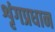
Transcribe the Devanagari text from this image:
शृंगप्रधान